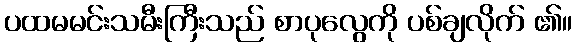
ပထမမင်းသမီးကြီးသည် စာပုလွေကို ပစ်ချလိုက် ၏။